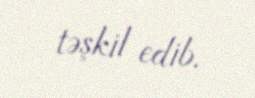
təşkil edib.